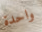
واحدة